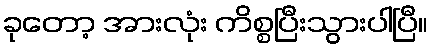
ခုတော့ အားလုံး ကိစ္စပြီးသွားပါပြီ။